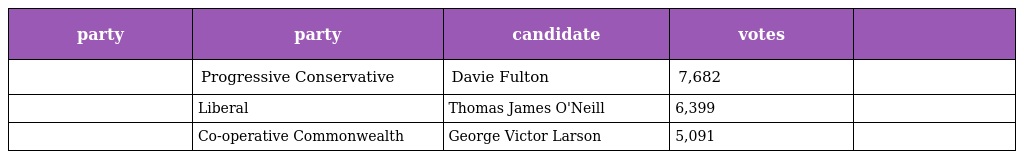
| party | party | candidate | votes |  |
 | --- | --- | --- | --- | --- |
 |  | Progressive Conservative | Davie Fulton | 7,682 |  |
 |  | Liberal | Thomas James O'Neill | 6,399 |  |
 |  | Co-operative Commonwealth | George Victor Larson | 5,091 |  |